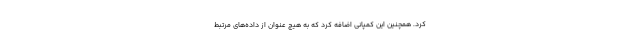
کرد. همچنین این کمپانی اضافه کرد که به هیچ عنوان از داده‌های مرتبط